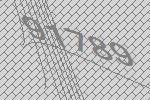
91789